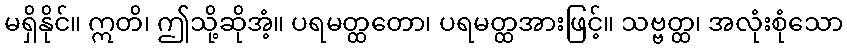
မရှိနိုင်။ ဣတိ၊ ဤသို့ဆိုအံ့။ ပရမတ္ထတော၊ ပရမတ္ထအားဖြင့်။ သဗ္ဗတ္ထ၊ အလုံးစုံသော